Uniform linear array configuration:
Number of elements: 8
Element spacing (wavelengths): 0.5
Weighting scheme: uniform
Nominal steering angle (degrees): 30
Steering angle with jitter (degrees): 30.494
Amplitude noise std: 0.05
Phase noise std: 0.05

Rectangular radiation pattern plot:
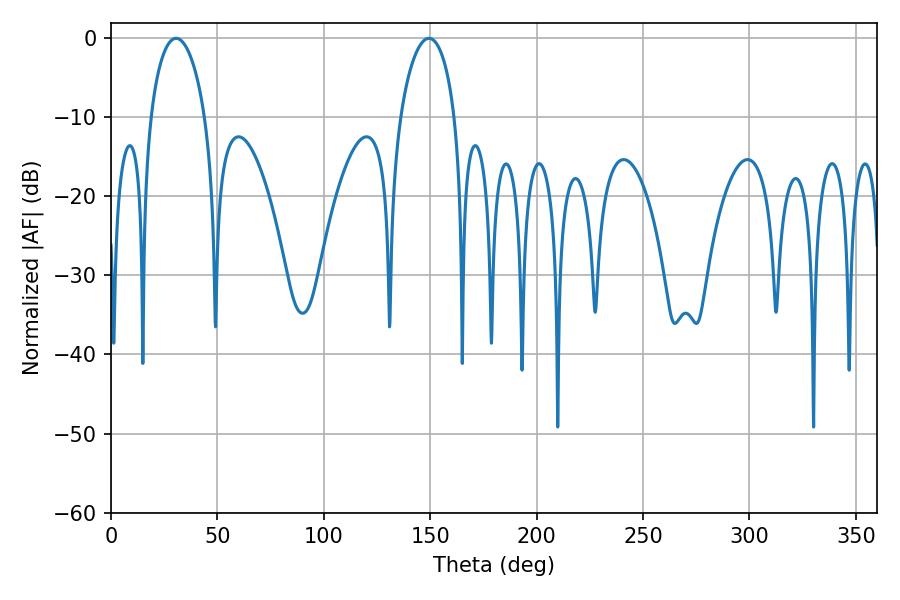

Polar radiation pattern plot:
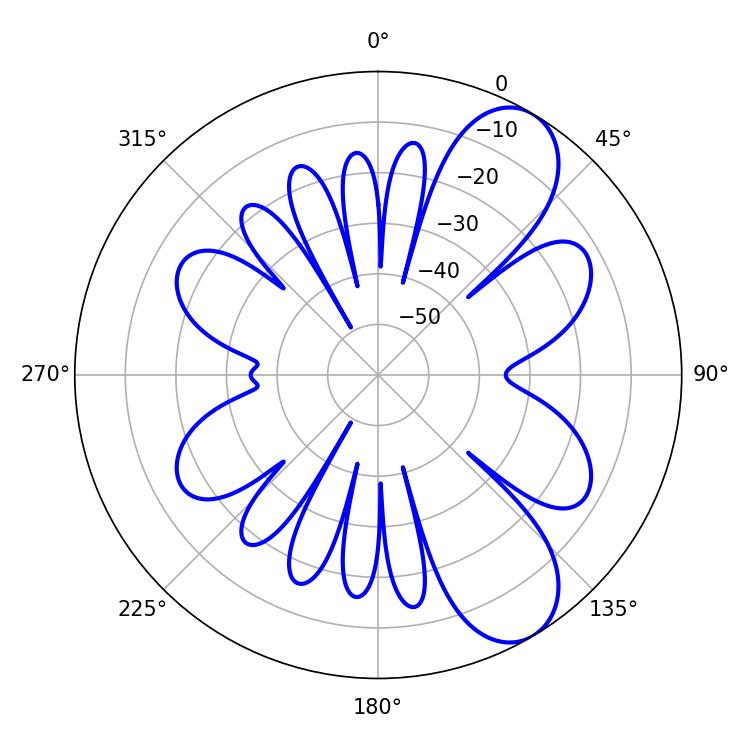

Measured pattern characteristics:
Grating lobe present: FALSE
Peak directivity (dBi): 8.546
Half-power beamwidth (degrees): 14.58
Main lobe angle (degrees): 30.6